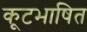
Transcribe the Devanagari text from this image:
कूटभाषित